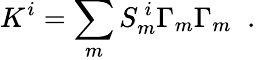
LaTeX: K^{i}=\sum_{m}S_{m}^{~i}\Gamma_{m}\Gamma_{m}\; \; .